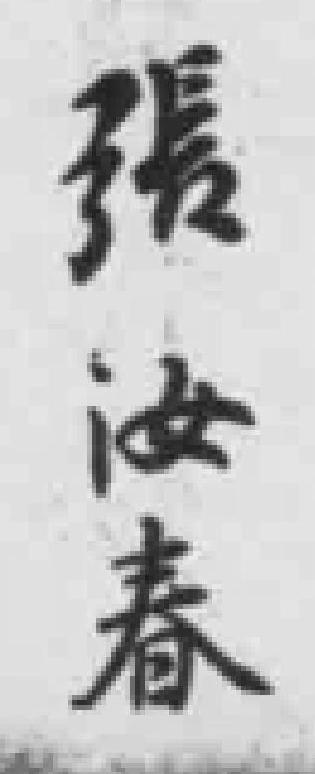
張汝春